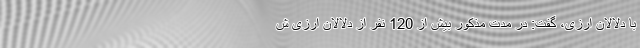
با دلالان ارزی، گفت: در مدت مذکور بیش از 120 نفر از دلالان ارزی ش